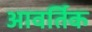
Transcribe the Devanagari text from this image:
आवर्तिक